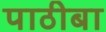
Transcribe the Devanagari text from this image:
पाठीबा